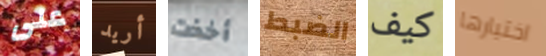
على أريد أخذت الضبط كيف اختيارها